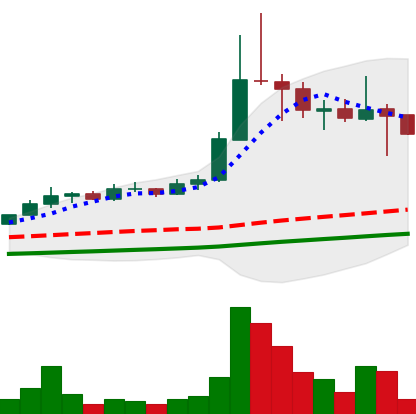
Ticker: ETC-USD
Chart end date: 2021-04-24
Forward return: 16.531%
Label: up_7plus